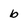
Character: b